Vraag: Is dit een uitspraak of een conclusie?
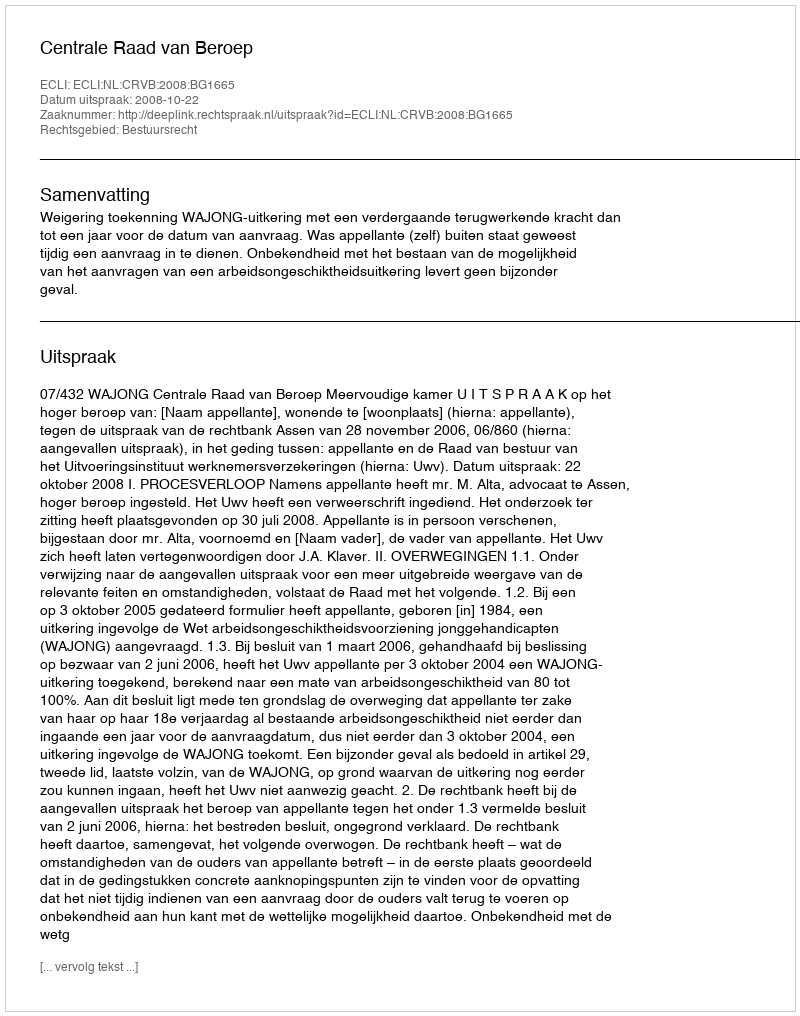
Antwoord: Uitspraak